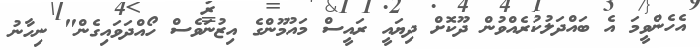
އެހެންވީމަ އެ ބައްދަލުކުރެއްވުން ދޫކޮށް ދިޔައީ ރައީސް މައުމޫންގެ އިޒުނަވެސް ހޯއްދަވައިގެން" ނިހާނު